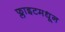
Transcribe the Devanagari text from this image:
फ्लाइटमधून